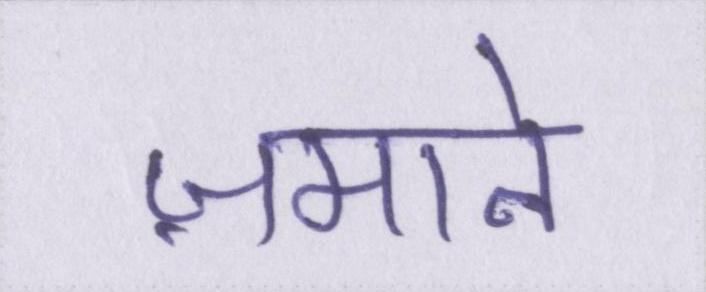
ज़माने